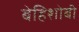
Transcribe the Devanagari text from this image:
बेहिशोबी